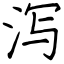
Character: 泻